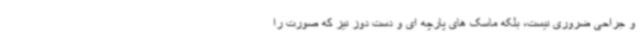
و جراحی ضروری نیست، بلکه ماسک های پارچه ای و دست دوز نیز که صورت را